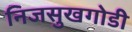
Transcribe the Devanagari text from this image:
निजसुखगोडी